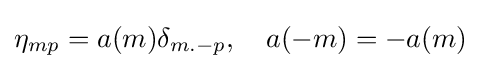
\eta _{mp}=a(m)\delta _{m.-p},\quad a(-m)=-a(m)